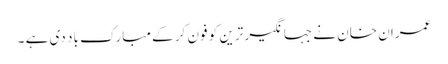
عمران خان نے جہانگیر ترین کو فون کر کے مبارک باد دی ہے ۔